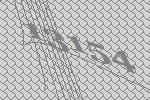
13154